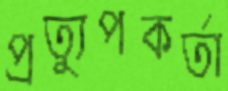
প্রত্যুপকর্তা